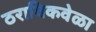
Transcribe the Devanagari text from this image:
ठराविकवेळा